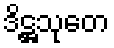
ဒိဋ္ဌသုတေ